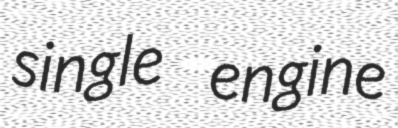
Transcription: single engine